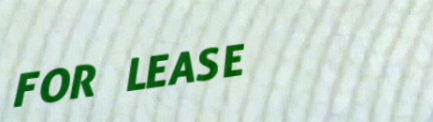
FOR LEASE